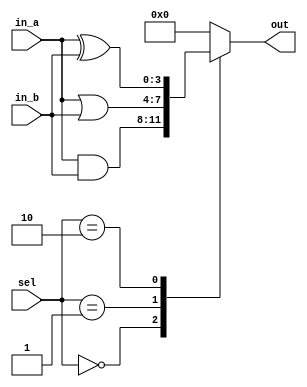
module combinational_logic_block (
    input  wire [3:0] in_a,          // 4-bit input A
    input  wire [3:0] in_b,          // 4-bit input B
    input  wire [1:0] sel,           // Select signal for controlling LUTs
    output wire [3:0] out            // 4-bit output
);

// Define internal signals for LUT outputs
wire [3:0] lut_out;

// Lookup Table 1 (LUT1) - Implementing some logic function (e.g., A AND B)
function [3:0] lut1;
    input [3:0] a;
    input [3:0] b;
    begin
        lut1 = a & b; // AND operation
    end
endfunction

// Lookup Table 2 (LUT2) - Implementing another logic function (e.g., A OR B)
function [3:0] lut2;
    input [3:0] a;
    input [3:0] b;
    begin
        lut2 = a | b; // OR operation
    end
endfunction

// Lookup Table 3 (LUT3) - Implementing another logic function (e.g., A XOR B)
function [3:0] lut3;
    input [3:0] a;
    input [3:0] b;
    begin
        lut3 = a ^ b; // XOR operation
    end
endfunction

// LUT outputs based on input selection
always @(*) begin
    case (sel)
        2'b00: lut_out = lut1(in_a, in_b); // Select LUT1
        2'b01: lut_out = lut2(in_a, in_b); // Select LUT2
        2'b10: lut_out = lut3(in_a, in_b); // Select LUT3
        default: lut_out = 4'b0000;        // Default case
    endcase
end

// Output assignment
assign out = lut_out;

endmodule